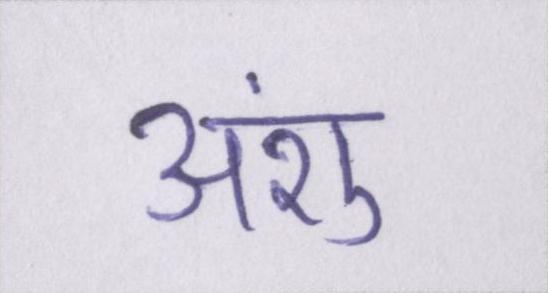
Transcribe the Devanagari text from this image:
अंशु